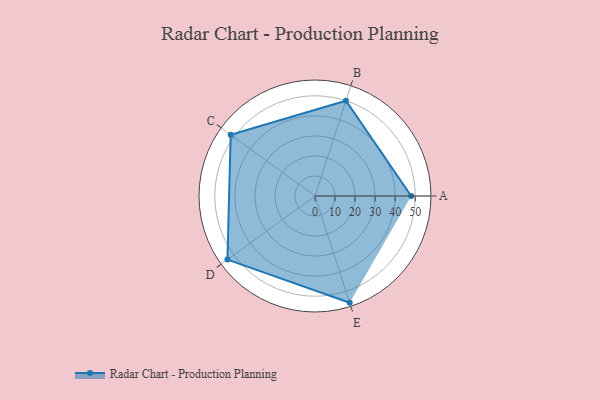
{"axis": {"x": "Skill", "y": "Score"}, "legend": ["Profile"], "data": [{"x": "A", "y": 48.0, "type": "Profile"}, {"x": "B", "y": 50.0, "type": "Profile"}, {"x": "C", "y": 52.0, "type": "Profile"}, {"x": "D", "y": 54.0, "type": "Profile"}, {"x": "E", "y": 56.0, "type": "Profile"}]}